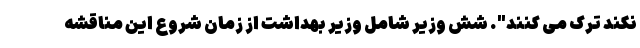
نکند ترک می کنند". شش وزیر شامل وزیر بهداشت از زمان شروع این مناقشه